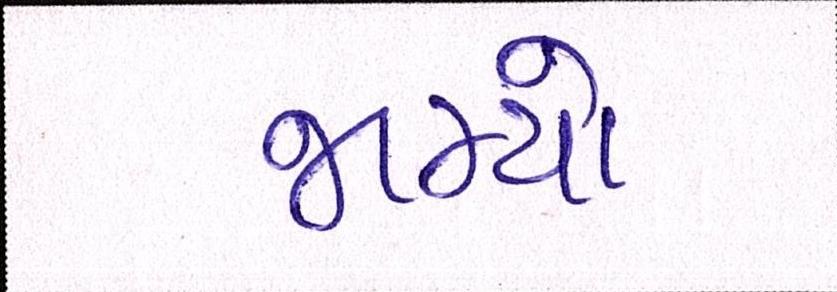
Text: જામ્યો